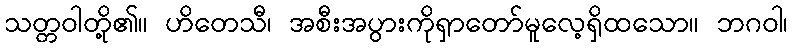
သတ္တဝါတို့၏။ ဟိတေသီ၊ အစီးအပွားကိုရှာတော်မူလေ့ရှိထသော။ ဘဂဝါ၊